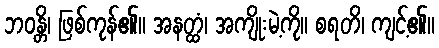
ဘဝန္တိ၊ ဖြစ်ကုန်၏။ အနတ္ထံ၊ အကျိုးမဲ့ကို။ စရတိ၊ ကျင့်၏။